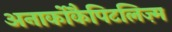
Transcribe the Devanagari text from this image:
अनार्कोकैपिटलिज़्म